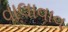
વાલાવાવ